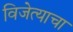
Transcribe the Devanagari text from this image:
विजेत्याचा